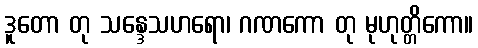
ဒူတော တု သန္ဒေသဟရော၊ ဂဏကော တု မုဟုတ္တိကော။